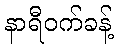
နာရီဝက်ခန့်